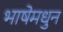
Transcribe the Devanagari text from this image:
भाषेमधुन